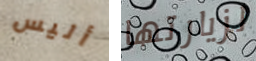
أليس لزيارتها